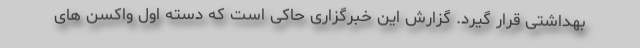
بهداشتی قرار گیرد. گزارش این خبرگزاری حاکی است که دسته اول واکسن های